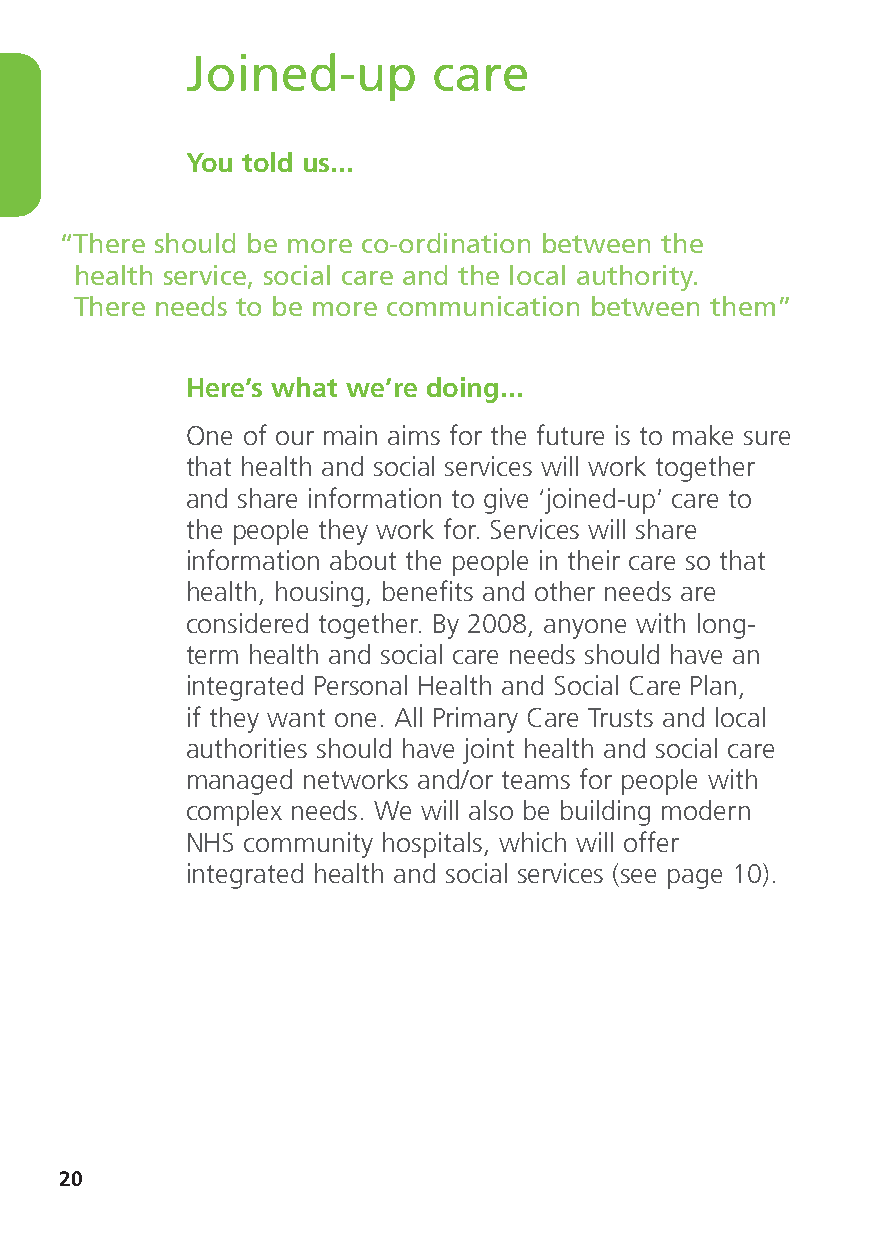
Joined-up        care
 You told us...
 “There should be more co-ordination between the
 health service, social care and the local authority.
 There needs to be more communication between them”
 Here’s what we’re doing...
 One of our main aims for the future is to make sure
 that health and social services will work together
 and share information to give ‘joined-up’ care to
 the people they work for. Services will share
 information about the people in their care so that
 health, housing, benefits and other needs are
 considered together. By 2008, anyone with long-
 term health and social care needs should have an
 integrated Personal Health and Social Care Plan,
 if they want one. All Primary Care Trusts and local
 authorities should have joint health and social care
 managed networks and/or teams for people with
 complex needs. We will also be building modern
 NHS community hospitals, which will offer
 integrated health and social services (see page 10).
 20